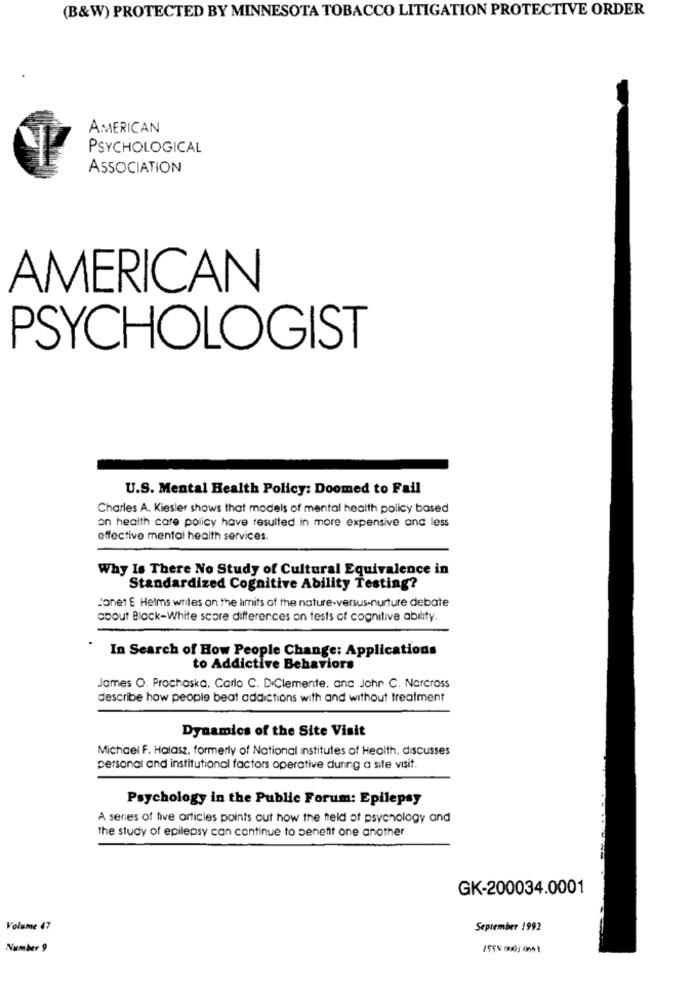
(B&W) PROTECTED BY MINNESOTA TOBACCO LITIGATION PROTECTIVE ORDER
AMERICAN
PSYCHOLOGICAL
ASSOCIATION
AMERICAN
PSYCHOLOGIST
U.S. Mental Health Policy: Doomed to Fail
Charles A. Kiesler shows that models of mental health policy based
on health care policy have resulted in more expensive and less
effective mental health services.
Why Is There No Study of Cultural Equivalence in
Standardized Cognitive Ability Testing?
Jonet E Helms writes on the limits of the nature-versus-nurture debate
about Black-White score differences on tests of cognitive ability.
In Search of How People Change: Applications
to Addictive Behaviors
James O. Prochaska, Carlo C. D.Clemente, and Johr C. Norcross
describe how people beat addictions with and without treatment
Dynamics of the Site Visit
Michael F. Halasz, formerly of National institutes of Health, discusses
personal and institutional factors operative during a site visit.
Psychology in the Public Forum: Epilepsy
A series of five articles points out how the field of psychology and
the study of epilepsy can continue to benefit one another.
GK-200034.0001
Volume 47
September 1992
Number 9